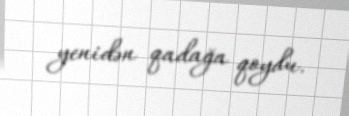
yenidən qadağa qoydu.